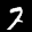
Label: 7